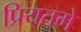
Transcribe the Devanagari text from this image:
प्रियतमे